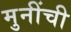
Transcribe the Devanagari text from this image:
मुनींची